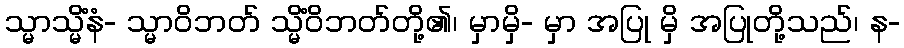
သ္မာသ္မိံနံ- သ္မာဝိဘတ် သ္မိံဝိဘတ်တို့၏၊ မှာမှိ- မှာ အပြု မှိ အပြုတို့သည်၊ န-